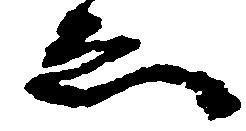
ゑ